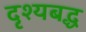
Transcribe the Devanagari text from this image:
दृश्यबद्ध